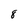
Character: 8